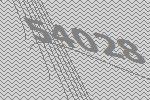
54028